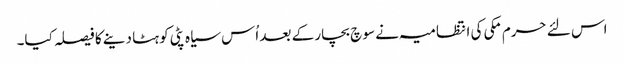
اس لئے حرم مکی کی انتظامیہ نے سو چ بچار کے بعد اُس سیاہ پٹی کو ہٹا دینے کا فیصلہ کیا۔